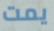
يمت